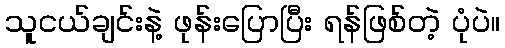
သူငယ်ချင်းနဲ့ ဖုန်းပြောပြီး ရန်ဖြစ်တဲ့ ပုံပဲ။